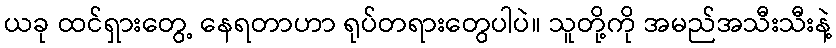
ယခု ထင်ရှားတွေ့ နေရတာဟာ ရုပ်တရားတွေပါပဲ။ သူတို့ကို အမည်အသီးသီးနဲ့